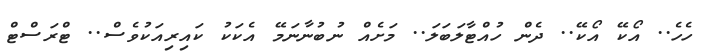
ހެހެ.. އޯކޭ އޯކޭ.. ދެން ހުއްޓާލަބަލަ.. މަށެއް ނުބުނާނަމޭ އެކަކު ކައިރިއަކުވެސް.. ޓްރަސްޓް